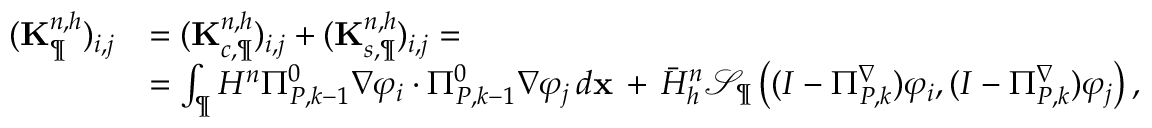
\begin{array} { r l } { ( \mathbf { K } _ { \P } ^ { n , h } ) _ { i , j } } & { = ( \mathbf { K } _ { c , \P } ^ { n , h } ) _ { i , j } + ( \mathbf { K } _ { s , \P } ^ { n , h } ) _ { i , j } = } \\ & { = \int _ { \P } H ^ { n } \Pi _ { { P } , k - 1 } ^ { 0 } \nabla \varphi _ { i } \cdot \Pi _ { { P } , k - 1 } ^ { 0 } \nabla \varphi _ { j } \, d \mathbf { x } \, + \, \bar { H } _ { h } ^ { n } \mathcal { S } _ { \P } \left( ( I - \Pi _ { { P } , k } ^ { \nabla } ) \varphi _ { i } , ( I - \Pi _ { { P } , k } ^ { \nabla } ) \varphi _ { j } \right) , } \end{array}